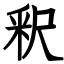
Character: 釈